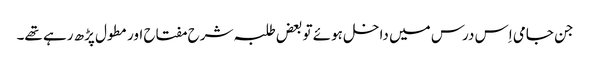
جن جامی اِس درس میں داخل ہوئے تو بعض طلبہ شرح مفتاح اور مطول پڑھ رہے تھے۔